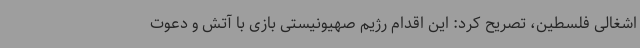
اشغالی فلسطین، تصریح کرد: این اقدام رژیم صهیونیستی بازی با آتش و دعوت